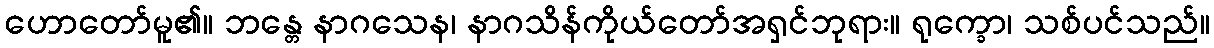
ဟောတော်မူ၏။ ဘန္တေ နာဂသေန၊ နာဂသိန်ကိုယ်တော်အရှင်ဘုရား။ ရုက္ခော၊ သစ်ပင်သည်။